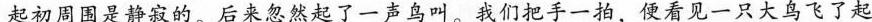
起初周围是静寂的。后来忽然起了一声鸟叫。我们把手一拍，便看见一只大鸟飞了起